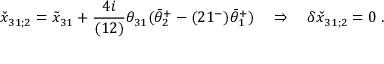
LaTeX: \check { x } _ { 3 1 ; 2 } = \tilde { x } _ { 3 1 } + { \frac { 4 i } { ( 1 2 ) } } \theta _ { 3 1 } ( \bar { \theta } _ { 2 } ^ { + } - ( 2 1 ^ { - } ) \bar { \theta } _ { 1 } ^ { + } ) \quad \Rightarrow \quad \delta \check { x } _ { 3 1 ; 2 } = 0 \; .